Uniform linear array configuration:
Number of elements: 64
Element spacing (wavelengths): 0.75
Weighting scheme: uniform
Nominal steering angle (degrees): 15
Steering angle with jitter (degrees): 14.505
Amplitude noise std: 0.05
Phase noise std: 0.05

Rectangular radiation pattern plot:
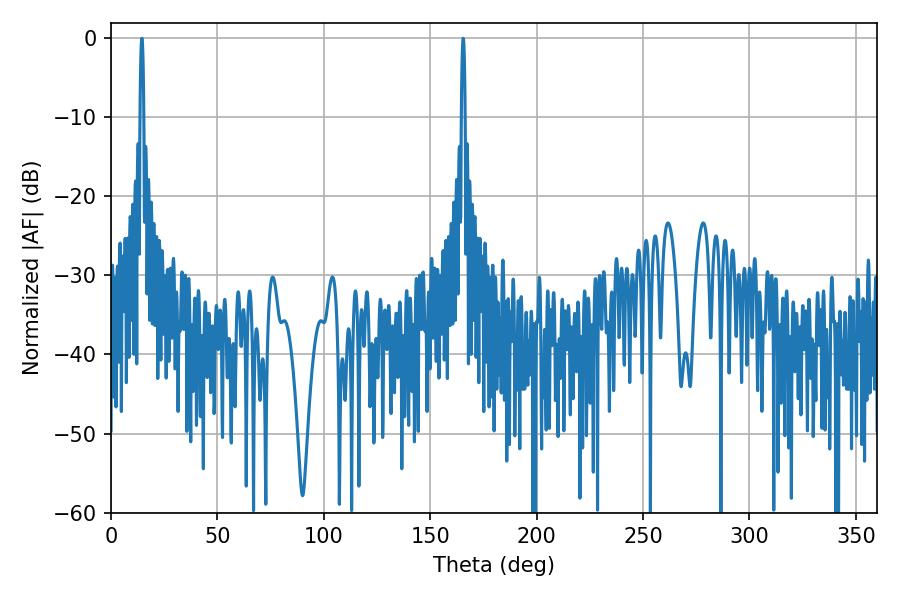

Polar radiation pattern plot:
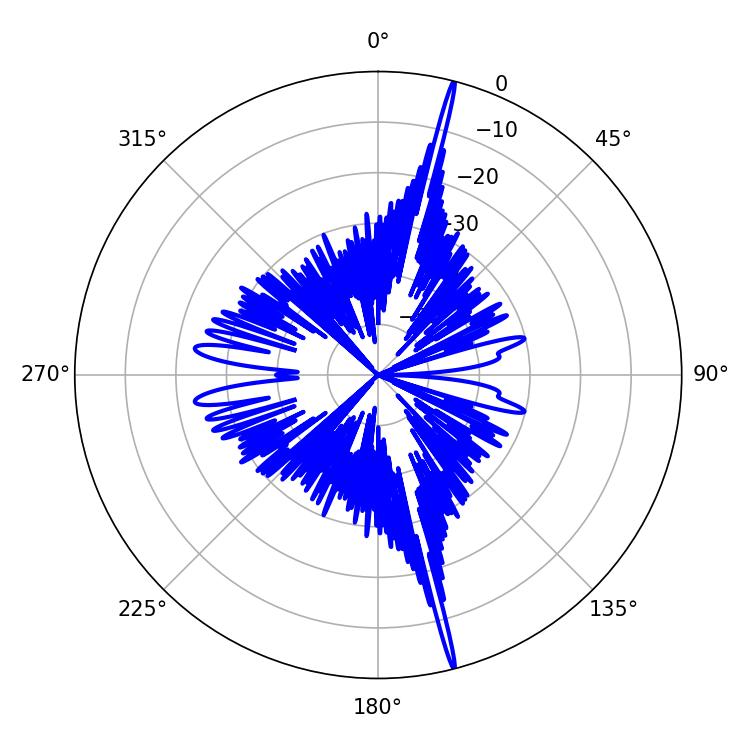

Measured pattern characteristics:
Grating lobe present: TRUE
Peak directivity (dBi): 23.201
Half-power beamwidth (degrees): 0.9
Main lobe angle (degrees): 165.42